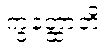
ကွတ္ထောတိ